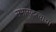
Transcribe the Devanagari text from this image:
सभासदत्वाचा